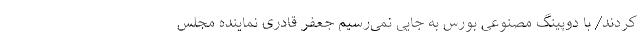
کردند/ با دوپینگ مصنوعی بورس به جایی نمی‌رسیم جعفر قادری نماینده مجلس